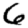
Digit: 6